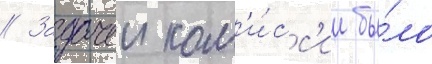
// Задачеи ком'и́сс'ии бы́ло